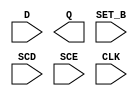
module sky130_fd_sc_hd__sdfstp (
    //# {{data|Data Signals}}
    input  D    ,
    output Q    ,

    //# {{control|Control Signals}}
    input  SET_B,

    //# {{scanchain|Scan Chain}}
    input  SCD  ,
    input  SCE  ,

    //# {{clocks|Clocking}}
    input  CLK
);

    // Voltage supply signals
    supply1 VPWR;
    supply0 VGND;
    supply1 VPB ;
    supply0 VNB ;

endmodule